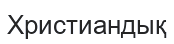
Христиандық